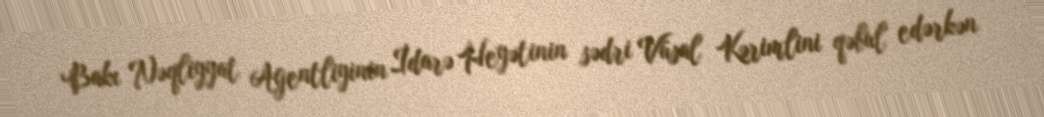
Bakı Nəqliyyat Agentliyinin İdarə Heyətinin sədri Vüsal Kərimlini qəbul edərkən